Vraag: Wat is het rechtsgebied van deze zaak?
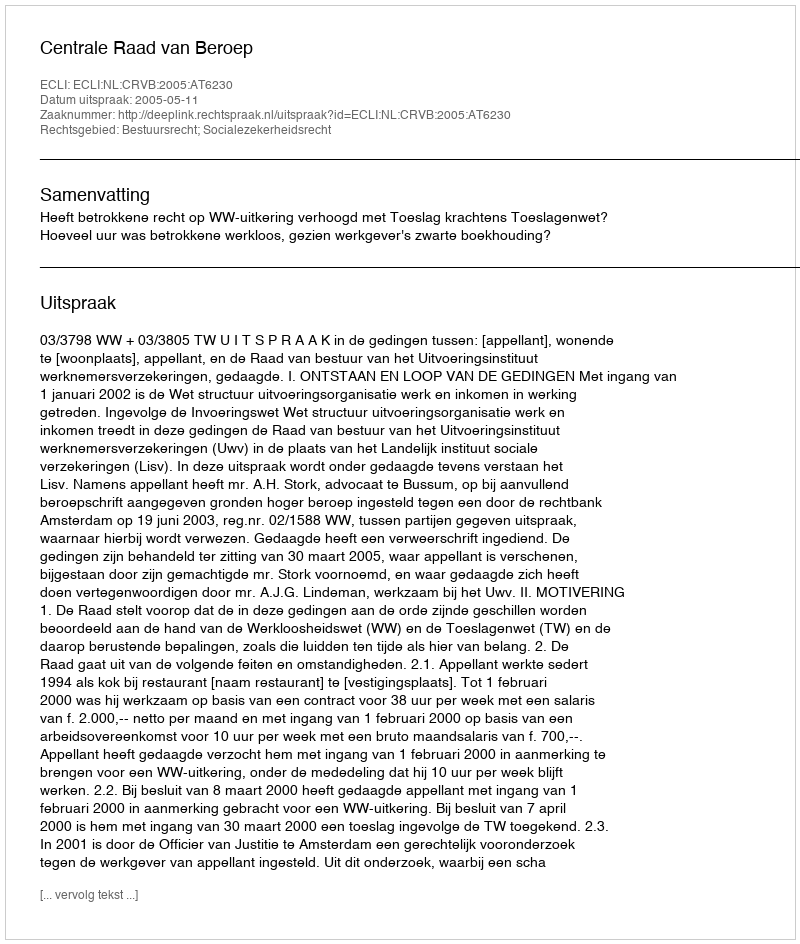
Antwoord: Bestuursrecht; Socialezekerheidsrecht